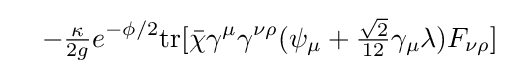
\ \ \ -{\tfrac {\kappa }{2g}}e^{-\phi /2}{\text{tr}}[{\bar {\chi }}\gamma ^{\mu }\gamma ^{\nu \rho }(\psi _{\mu }+{\tfrac {\sqrt {2}}{12}}\gamma _{\mu }\lambda )F_{\nu \rho }]